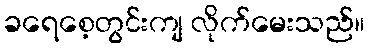
ခရေစေ့တွင်းကျ လိုက်မေးသည်။